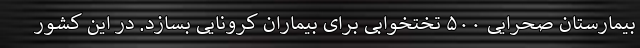
بیمارستان صحرایی ۵۰۰ تختخوابی برای بیماران کرونایی بسازد. در این کشور